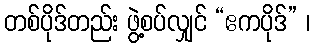
တစ်ပိုဒ်တည်း ဖွဲ့စပ်လျှင် “ဧကပိုဒ်” ၊